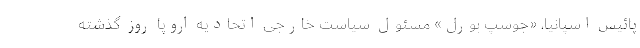
پائیس اسپانیا، «جوسپ بورل» مسئول سیاست خارجی اتحادیه اروپا روز گذشته